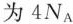
为4N_{A}